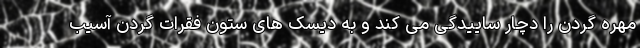
مهره گردن را دچار ساییدگی می کند و به دیسک های ستون فقرات گردن آسیب